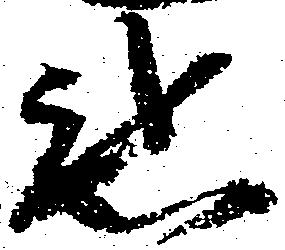
惑